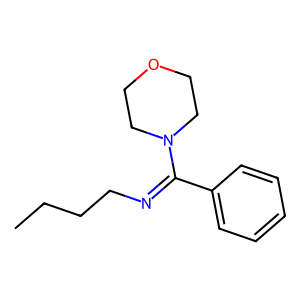
SMILES: CCCCN=C(c1ccccc1)N1CCOCC1
Inhibits HIV replication: No